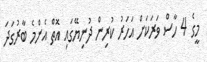
މީގެ 4 ހާސް ވަރަކަށް އަހަރު ކުރިން ދުނިޔޭގައި އޮތް އެންމެ ބާރުގަދަ